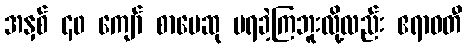
အနှစ် ၄၀ ကျော် စာပေဆု မရခဲ့ကြဘူးလို့လည်း ဧရာဝတီ